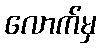
လောက်မှ